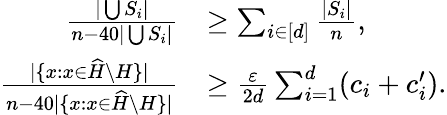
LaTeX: \begin{array}{rl}{\frac{|\bigcup S_{i}|}{n-40|\bigcup S_{i}|}}&{\ge\sum_{i\in[d]}\frac{|S_{i}|}{n},}\\ {\frac{|\{ x:x\in\widehat H\setminus H\} |}{n-40|\{ x:x\in\widehat H\setminus H\} |}}&{\ge\frac{\varepsilon}{2d}\sum_{i=1}^{d}(c_{i}+c_{i}^{\prime}).}\end{array}